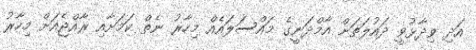
އަދި ވިދާޅުވީ ދައުލަތަށް އާމްދަނީގެ މައްސަލައެއް މިހާރު ނެތް ކަމަށާއި ރާއްޖެއަށް މިހާރު